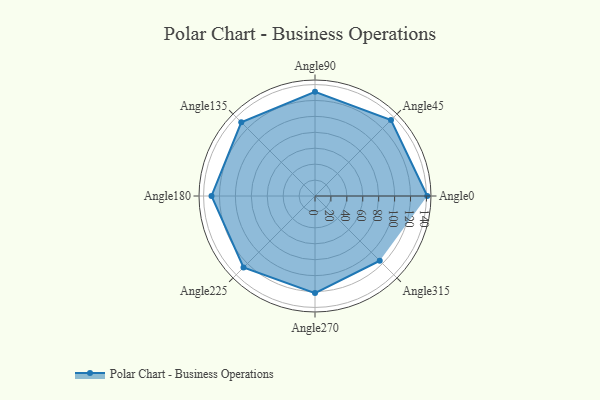
{"axis": {"x": "Angle", "y": "Radius"}, "legend": [""], "data": [{"x": "Angle0", "y": 141.0, "type": ""}, {"x": "Angle45", "y": 135.0, "type": ""}, {"x": "Angle90", "y": 131.0, "type": ""}, {"x": "Angle135", "y": 131.0, "type": ""}, {"x": "Angle180", "y": 130.0, "type": ""}, {"x": "Angle225", "y": 127.0, "type": ""}, {"x": "Angle270", "y": 122.0, "type": ""}, {"x": "Angle315", "y": 115.0, "type": ""}]}